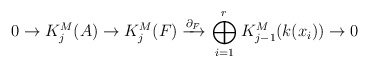
\begin{align*} 0 \to K^M_j(A) \to K^M_j(F) \xrightarrow{\partial_F} \ \stackrel{r}{\underset{i=1}\bigoplus} K^M_{j-1}(k(x_i)) \to 0 \end{align*}